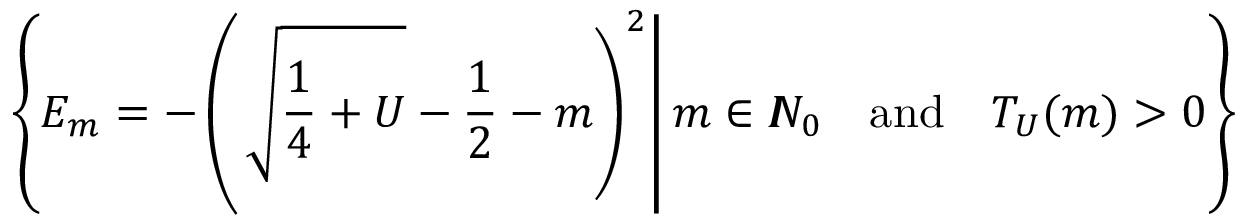
\left\{ E _ { m } = - \left( \left. \sqrt { \frac 1 4 + U } - \frac 1 2 - m \right) ^ { 2 } \right| m \in I \! \! N _ { 0 } \quad \mathrm { a n d } \quad T _ { U } ( m ) > 0 \right\}